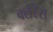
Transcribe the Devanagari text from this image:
क्लॅरेंस